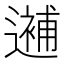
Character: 𨗗